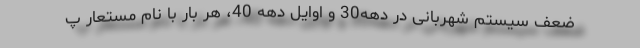
ضعف سیستم شهربانی در دهه30 و اوایل دهه 40، هر بار با نام مستعار پ